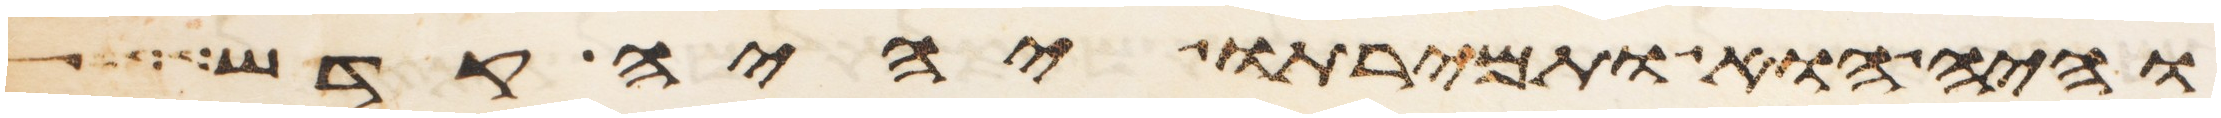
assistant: והיה הוא ותמירתו יהיה קדש